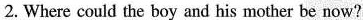
2.Where could the boy and his mother be now?